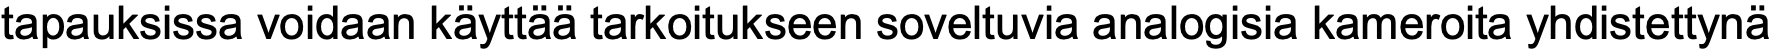
tapauksissa voidaan käyttää tarkoitukseen soveltuvia analogisia kameroita yhdistettynä